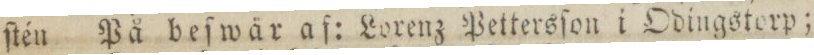
ſtén På beſwår af: Lorenz Pettersſon i Odingstorp;